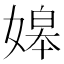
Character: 𡟷